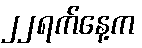
၂၂ရက်နေ့က